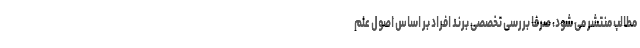
مطالب منتشر می شود، صرفاً بررسی تخصصی برند افراد بر اساس اصول علم